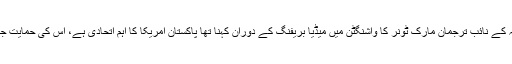
امریکی محکمہ خارجہ کے نائب ترجمان مارک ٹونر کا واشنگٹن میں میڈیا بریفنگ کے دوران کہنا تھا پاکستان امریکا کا اہم اتحادی ہے، اس کی حمایت جاری رکھی جائے گی۔